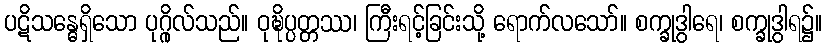
ပဋိသန္ဓေရှိသော ပုဂ္ဂိုလ်သည်။ ဝုဍ္ဎိပ္ပတ္တဿ၊ ကြီးရင့်ခြင်းသို့ ရောက်လသော်။ စက္ခုဒွါရေ၊ စက္ခုဒွါရ၌။